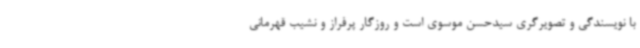
با نویسندگی و تصویرگری سیدحسن موسوی است و روزگار پرفراز و نشیب قهرمانی